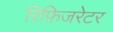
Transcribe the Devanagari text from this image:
रिफ़िजरेटर